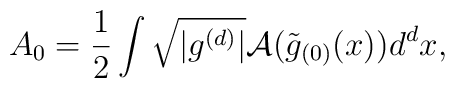
A_0=\frac{1}{2}\int \sqrt {\vert g^{(d)} \vert} {\cal A}(\tilde g_{(0)}(x)) d^dx,